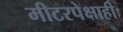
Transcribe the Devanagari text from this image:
मीटरपेक्षाही